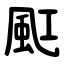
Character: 䫹